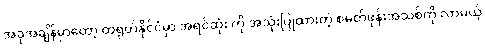
အခုအချိန်မှာတော့ တရုတ်နိုင်ငံမှာ အရင်ဆုံး ကို အသုံးပြုထားတဲ့ စမတ်ဖုန်းအသစ်ကို လာမယ့်